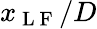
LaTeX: x_{\mathrm{~L~F~}}/D